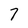
Character: 7